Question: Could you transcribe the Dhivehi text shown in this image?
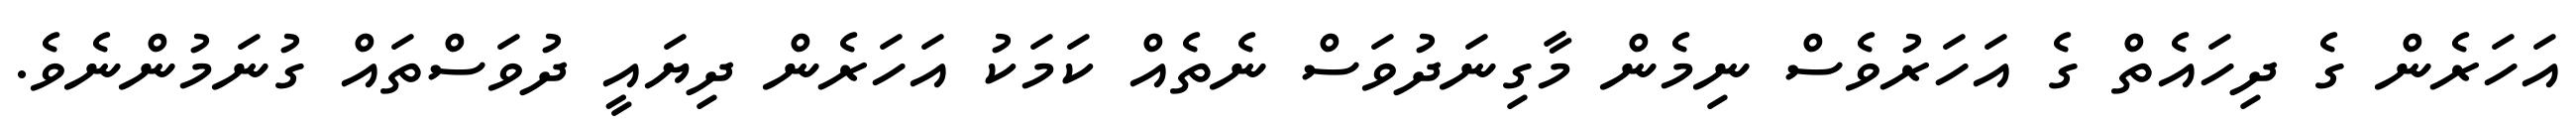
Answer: އަހަރެން ގެ ދިހައެތް ގެ އަހަރުވެސް ނިމެން މާގިނަދުވަސް ނެތެއް ކަމަކު އަހަރެން ދިޔައީ ދުވަސްތައް ގުނަމުންނެވެ.